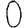
Digit: 0